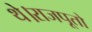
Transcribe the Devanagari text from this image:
थे।राजपूतो